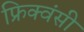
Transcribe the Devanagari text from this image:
फ्रिक्वंसी